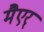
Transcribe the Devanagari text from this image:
मैएर्